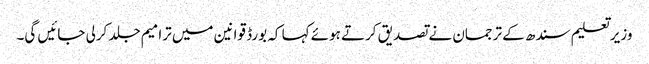
وزیرتعلیم سندھ کے ترجمان نے تصدیق کرتے ہوئے کہا کہ بورڈ قوانین میں ترامیم جلد کرلی جائیں گی۔